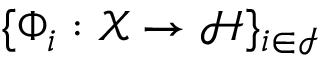
\{ \Phi _ { i } : \mathcal { X } \to \mathcal { H } \} _ { i \in \mathcal { I } }